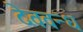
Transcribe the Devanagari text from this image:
देववन्ध